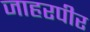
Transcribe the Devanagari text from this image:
जाहरपीर